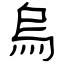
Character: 烏